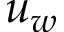
u _ { w }